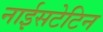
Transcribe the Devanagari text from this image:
नाईसटेटिन